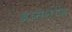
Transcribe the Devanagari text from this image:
ब्रासेनोज